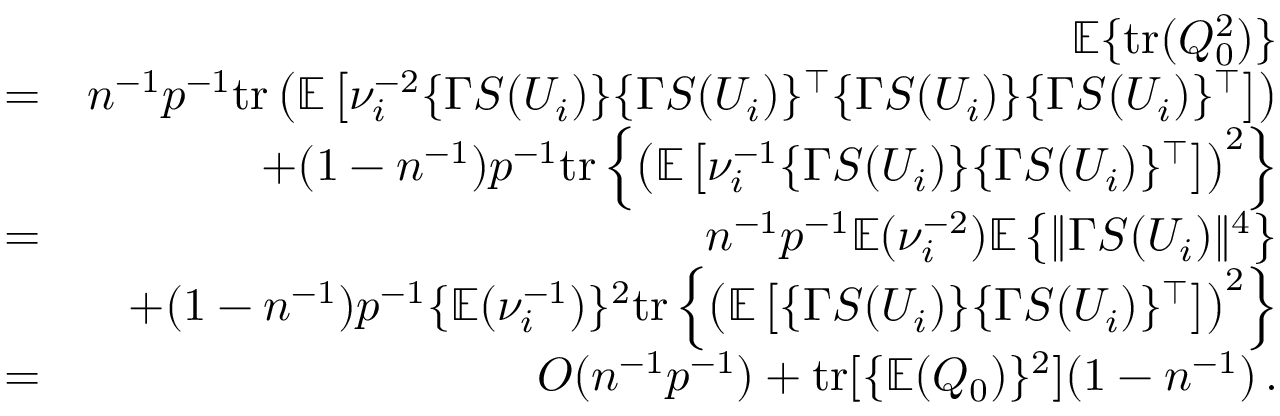
\begin{array} { r l r } & { } & { { \mathbb { E } } \{ \mathrm { t r } ( Q _ { 0 } ^ { 2 } ) \} } \\ & { = } & { n ^ { - 1 } p ^ { - 1 } \mathrm { t r } \left( { \mathbb { E } } \left[ \nu _ { i } ^ { - 2 } \{ \Gamma S ( U _ { i } ) \} \{ \Gamma S ( U _ { i } ) \} ^ { \top } \{ \Gamma S ( U _ { i } ) \} \{ \Gamma S ( U _ { i } ) \} ^ { \top } \right] \right) } \\ & { } & { + ( 1 - n ^ { - 1 } ) p ^ { - 1 } \mathrm { t r } \left\{ \left( { \mathbb { E } } \left[ \nu _ { i } ^ { - 1 } \{ \Gamma S ( U _ { i } ) \} \{ \Gamma S ( U _ { i } ) \} ^ { \top } \right] \right) ^ { 2 } \right\} } \\ & { = } & { n ^ { - 1 } p ^ { - 1 } { \mathbb { E } } ( \nu _ { i } ^ { - 2 } ) { \mathbb { E } } \left\{ \| \Gamma S ( U _ { i } ) \| ^ { 4 } \right\} } \\ & { } & { + ( 1 - n ^ { - 1 } ) p ^ { - 1 } \{ { \mathbb { E } } ( \nu _ { i } ^ { - 1 } ) \} ^ { 2 } \mathrm { t r } \left\{ \left( { \mathbb { E } } \left[ \{ \Gamma S ( U _ { i } ) \} \{ \Gamma S ( U _ { i } ) \} ^ { \top } \right] \right) ^ { 2 } \right\} } \\ & { = } & { O ( n ^ { - 1 } p ^ { - 1 } ) + \mathrm { t r } [ \{ { \mathbb { E } } ( Q _ { 0 } ) \} ^ { 2 } ] ( 1 - n ^ { - 1 } ) \, . } \end{array}